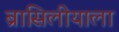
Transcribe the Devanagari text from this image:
ब्रासिलीयाला